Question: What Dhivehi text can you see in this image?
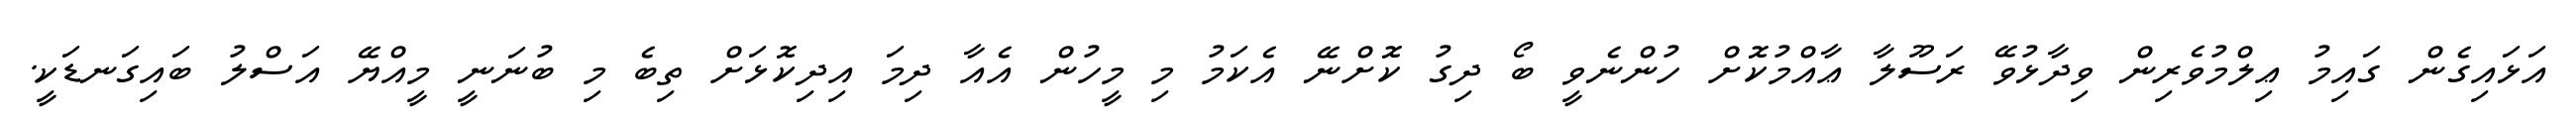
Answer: އަޅައިގެން ގައިމު ޢިލްމުވެރިން ވިދާޅުވޭ ރަސޫލާ ޢާއްމުކޮށް ހުންނެވީ ބޯ ދިގު ކޮށްނޭ އެކަމު މި މީހުން އެއާ ދިމަ އިދިކޮޅަށް ތިބެ މި ބުނަނީ މީއްޔޭ އަސްލު ބައިގަނޑަކީ.